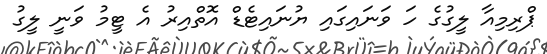
ޕްރިމިއާ ލީގުގެ ހަ ވަނައިގައި ޔުނައިޓެޑް އޮތްއިރު އެ ޓީމު ވަނީ ލީގު